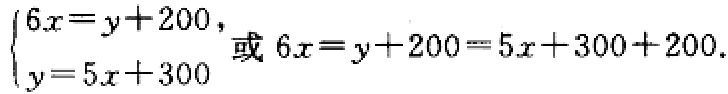
$\begin{cases}6x = y + 200,\\y = 5x + 300\end{cases}$或$6x = y + 200 = 5x + 300 + 200.$